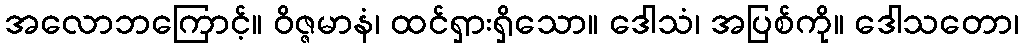
အလောဘကြောင့်။ ဝိဇ္ဇမာနံ၊ ထင်ရှားရှိသော။ ဒေါသံ၊ အပြစ်ကို။ ဒေါသတော၊